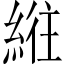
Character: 𫃮